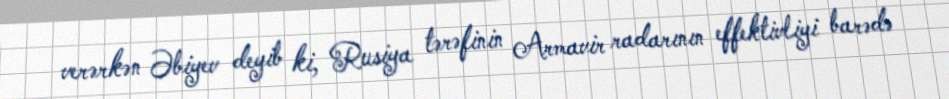
verərkən Əbiyev deyib ki, Rusiya tərəfinin Armavir radarının effektivliyi barədə